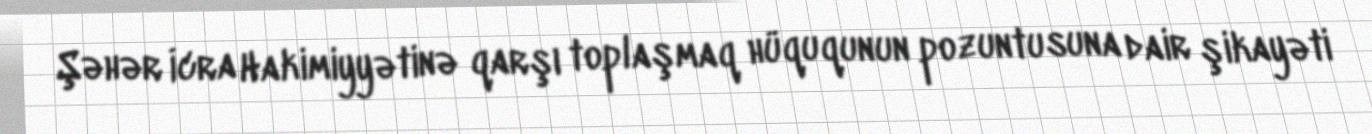
Şəhər İcra Hakimiyyətinə qarşı toplaşmaq hüququnun pozuntusuna dair şikayəti